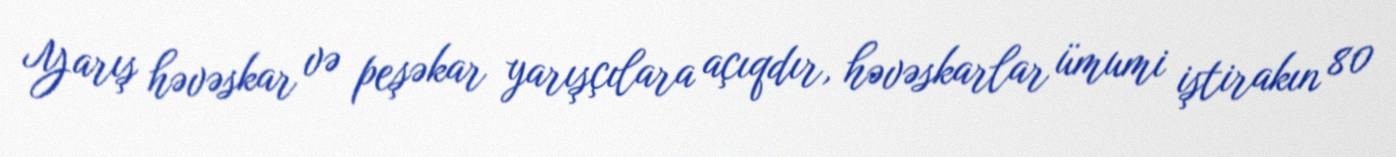
Yarış həvəskar və peşəkar yarışçılara açıqdır, həvəskarlar ümumi iştirakın 80